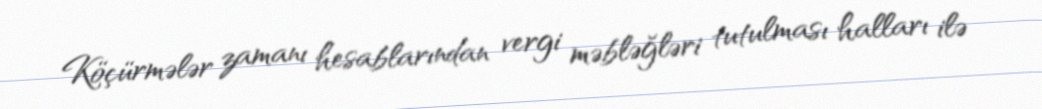
Köçürmələr zamanı hesablarından vergi məbləğləri tutulması halları ilə